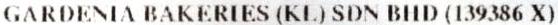
GARDENIA BAKERIES (KL) SDN BHD (139386 X)